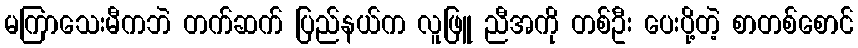
မကြာသေးမီကဘဲ တက်ဆက် ပြည်နယ်က လူဖြူ ညီအကို တစ်ဦး ပေးပို့တဲ့ စာတစ်စောင်